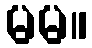
မမ။